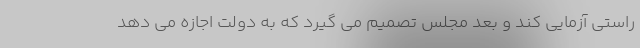
راستی آزمایی کند و بعد مجلس تصمیم می گیرد که به دولت اجازه می دهد